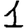
Digit: 1